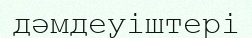
дәмдеуіштері